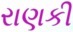
રાણકી